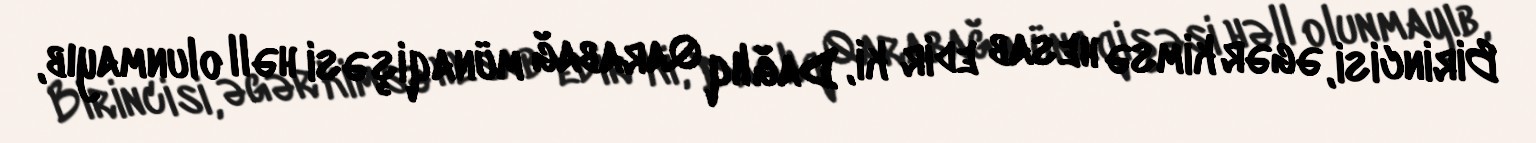
Birincisi, əgər kimsə hesab edir ki, Dağlıq Qarabağ münaqişəsi həll olunmayıb,